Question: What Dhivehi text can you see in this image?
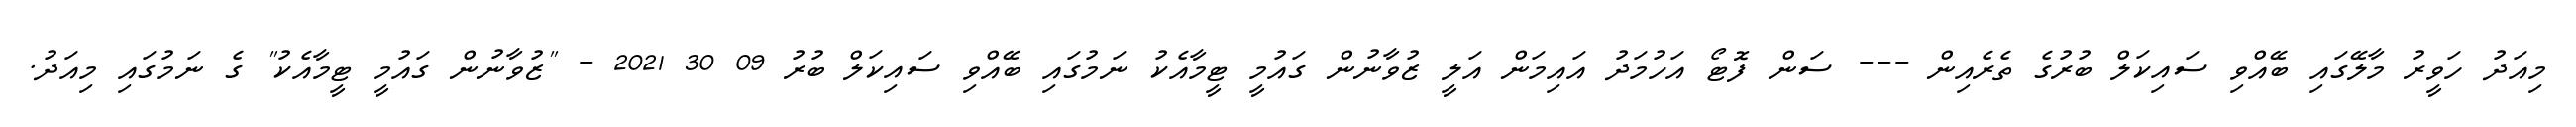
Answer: މިއަދު ހަވީރު މާލޭގައި ބޭއްވި ސައިކަލް ބުރުގެ ތެރެއިން --- ސަން ފޮޓޯ އަހުމަދު އައިމަން އަލީ ޒުވާނުން ގައުމީ ޓީމާއެކު ނަމުގައި ބޭއްވި ސައިކަލް ބުރު 09 30 2021 - "ޒުވާނުން ގައުމީ ޓީމާއެކު" ގެ ނަމުގައި މިއަދު.